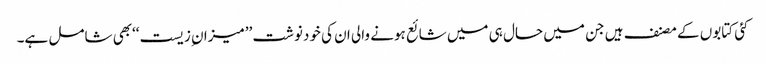
کئی کتابوں کے مصنف ہیں جن میں حال ہی میں شائع ہونے والی ان کی خودنوشت ’’میزان ِزیست‘‘بھی شامل ہے۔